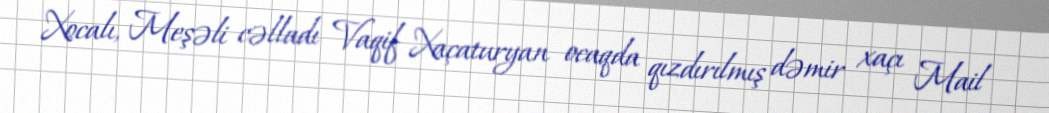
Xocalı, Meşəli cəlladı Vaqif Xaçaturyan ocaqda qızdırılmış dəmir xaçı Mail